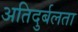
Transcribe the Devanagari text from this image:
अतिदुर्बलता